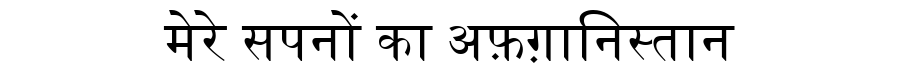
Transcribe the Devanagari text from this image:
मेरे सपनों का अफ़ग़ानिस्तान